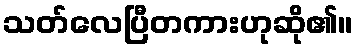
သတ်လေပြီတကားဟုဆို၏။